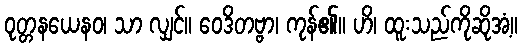
ဝုတ္တနယေနဝ၊ သာ လျှင်။ ဝေဒိတဗ္ဗာ၊ ကုန်၏။ ဟိ၊ ထူးသည်ကိုဆိုအံ့။